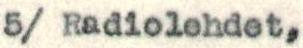
5/ Radiolehdet,